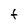
Character: F